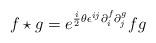
LaTeX: \begin{align*}f \star g = e^{{i \over 2} \theta \epsilon^{ij} \partial^f_i \partial^g_j}fg\end{align*}